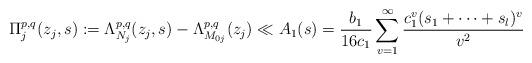
LaTeX: \begin{align*} \Pi_j^{p,q}(z_j,s):=\Lambda_{N_j}^{p,q}(z_j,s)-\Lambda_{M_{0j}}^{p,q}(z_j)\ll A_1(s)=\frac{b_1}{16c_1}\sum_{v=1}^\infty\frac{c_1^v(s_1+\cdots +s_l)^v}{v^2}\end{align*}